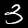
Label: 3